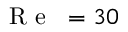
\mathrm { ~ \textit ~ { ~ R ~ e ~ } ~ } = 3 0